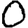
Digit: 0